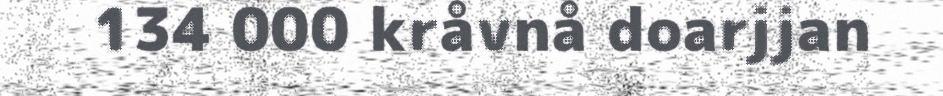
134 000 kråvnå doarjjan